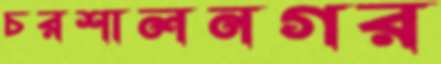
চরশালনগর